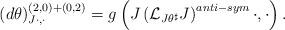
LaTeX: \begin{align*} \left(d\theta\right)^{(2,0)+(0,2)}_{J\cdot,\cdot}=g\left(J\left(\mathcal{L}_{J\theta^\sharp}J\right)^{anti-sym}\cdot,\cdot\right). \end{align*}